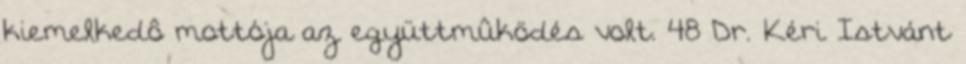
kiemelkedô mottója az együttmûködés volt. 48 Dr. Kéri Istvánt